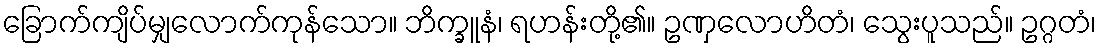
ခြောက်ကျိပ်မျှလောက်ကုန်သော။ ဘိက္ခူနံ၊ ရဟန်းတို့၏။ ဥဏှလောဟိတံ၊ သွေးပူသည်။ ဥဂ္ဂတံ၊